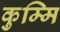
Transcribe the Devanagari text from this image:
कुम्मि